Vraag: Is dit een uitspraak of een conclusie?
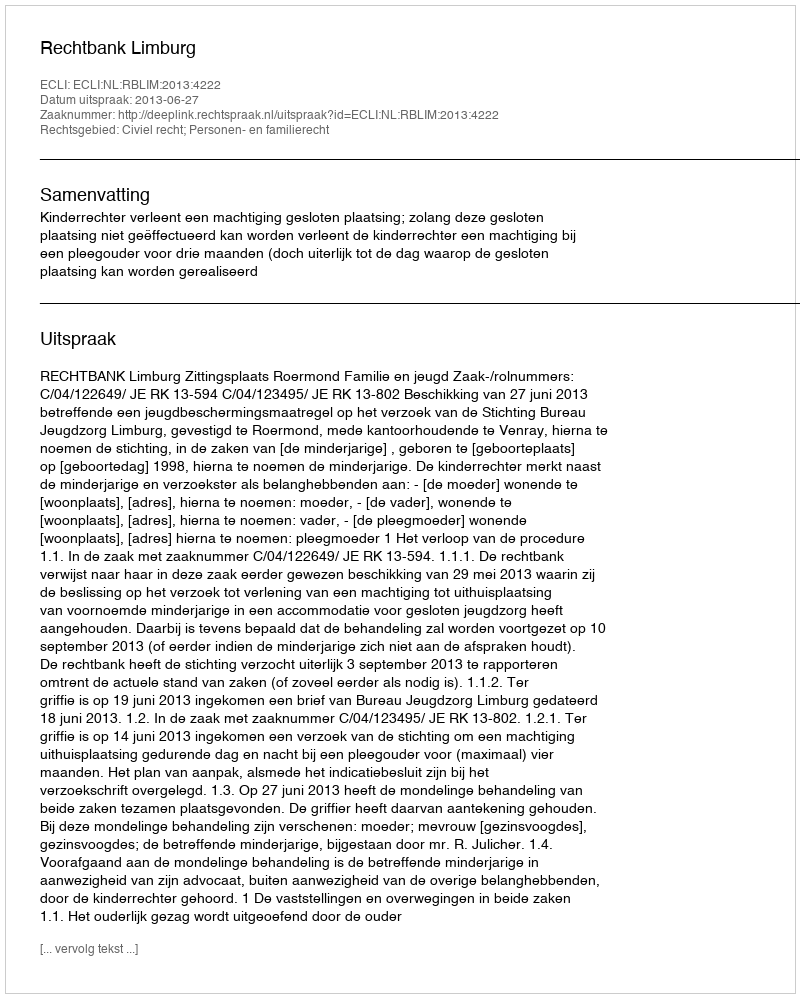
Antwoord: Uitspraak